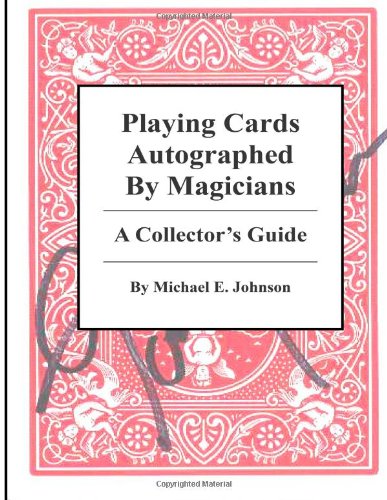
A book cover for Playing Cards Autographed By Magicians: A Collector's Guide; Michael E. Johnson; Crafts, Hobbies & Home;